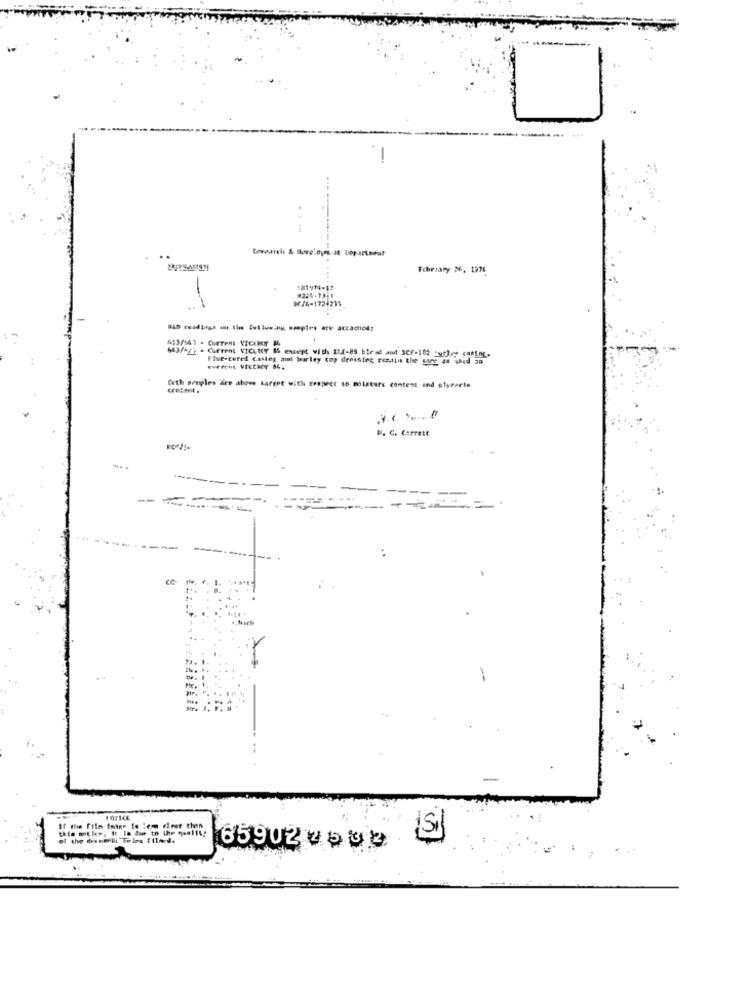
---
February 26, 1974
DE/4-1724235
#224-73-1
MAM-ge - Current VICUNY & except with IL-es blend and 3CF-102 curly, caring.
Flue-cured Casing ami barley top dressing resili the sange an shed an
Beth semples"dire above target with Erapeet to moisture content and elycerte
B. C. Carrett
Of the film image io lemm river then
this mt le, it le due to the qualit!
of the deep'll Tolos file-d.
65902 2533